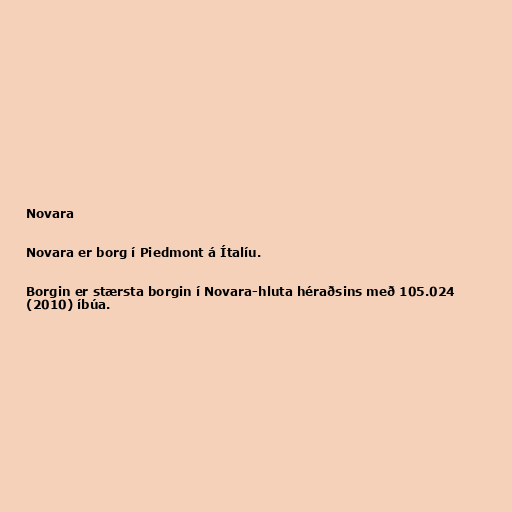
Novara

Novara er borg í Piedmont á Ítalíu.

Borgin er stærsta borgin í Novara-hluta héraðsins með 105.024
(2010) íbúa.